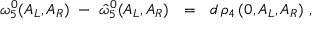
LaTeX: \omega _ { 5 } ^ { 0 } ( A _ { L } , A _ { R } ) \ - \ { \hat { \omega } } _ { 5 } ^ { 0 } ( A _ { L } , A _ { R } ) \ \ = \ \ d \, \rho _ { 4 } \, ( 0 , A _ { L } , A _ { R } ) \, \, ,